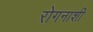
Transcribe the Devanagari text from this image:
रोगनाशी